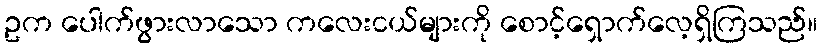
ဥက ပေါက်ဖွားလာသော ကလေးငယ်များကို စောင့်ရှောက်လေ့ရှိကြသည်။